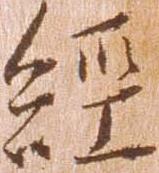
経